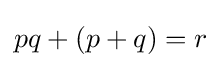
pq+(p+q)=r